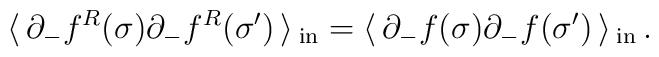
\langle\, \partial_{-}f^{R}(\sigma)\partial_{-}f^{R}(\sigma')\, \rangle \,_{\rm{in}} =\langle\, \partial_{-}f(\sigma)\partial_{-}f(\sigma')\, \rangle \,_{\rm{in}} \,.